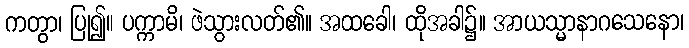
ကတွာ၊ ပြု၍။ ပက္ကာမိ၊ ဖဲသွားလတ်၏။ အထခေါ၊ ထိုအခါ၌။ အာယသ္မာနာဂသေနော၊